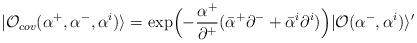
LaTeX: \begin{align*}|{\cal O}_{cov}(\alpha^+,\alpha^-,\alpha^i)\rangle=\exp\Bigl(-\frac{\alpha^+}{\partial^+}(\bar{\alpha}^+\partial^-+\bar{\alpha}^i\partial^i)\Bigr)|{\cal O}(\alpha^-,\alpha^i)\rangle^\prime\end{align*}